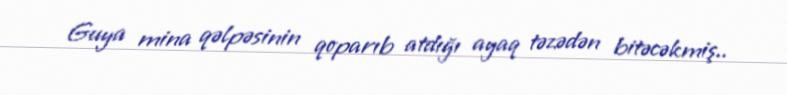
Guya mina qəlpəsinin qoparıb atdığı ayaq təzədən bitəcəkmiş..